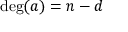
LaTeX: \deg ( a ) = n - d